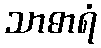
သာဓာရံ